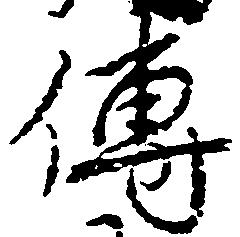
伝